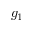
g _ { 1 }